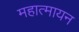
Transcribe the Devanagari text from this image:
महात्मायन